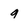
Character: q